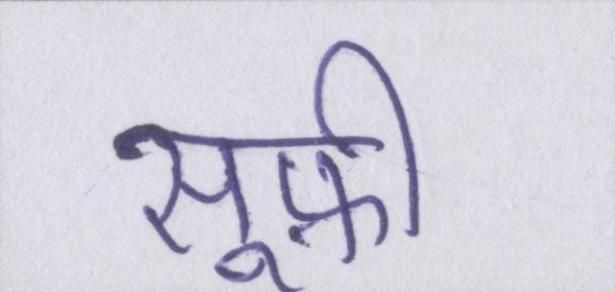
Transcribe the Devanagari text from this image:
सूफ़ी